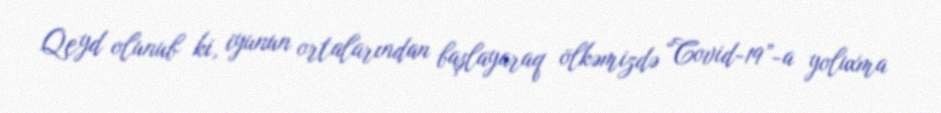
Qeyd olunub ki, iyunun ortalarından başlayaraq ölkəmizdə “Covid-19”-a yoluxma